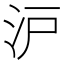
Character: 沪